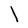
Character: l